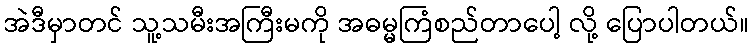
အဲဒီမှာတင် သူ့သမီးအကြီးမကို အဓမ္မကြံစည်တာပေါ့ လို့ ပြောပါတယ်။